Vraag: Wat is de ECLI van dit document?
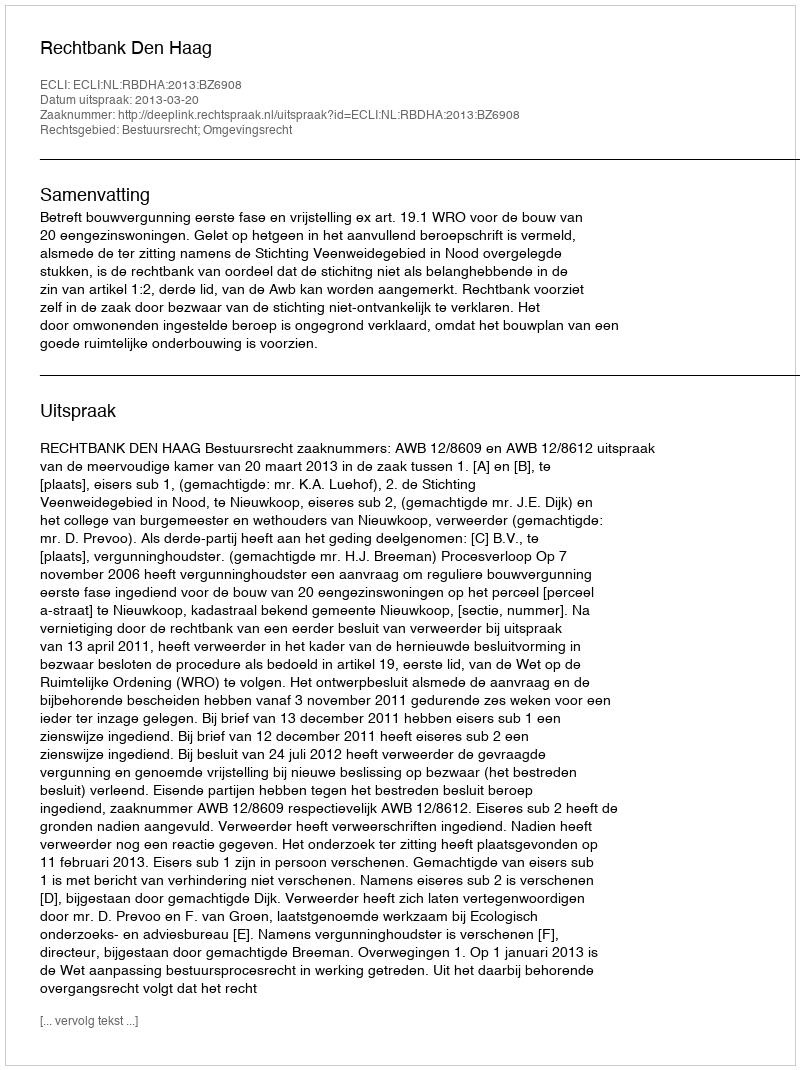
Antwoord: ECLI:NL:RBDHA:2013:BZ6908